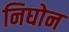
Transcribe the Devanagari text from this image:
निघोन